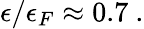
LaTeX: \epsilon/\epsilon_{F}\approx 0.7~.